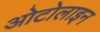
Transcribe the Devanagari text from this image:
ओटोलाइन